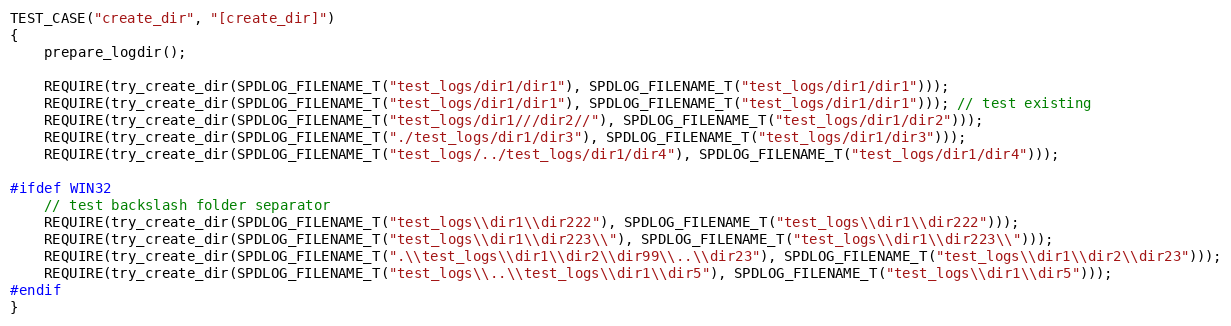
Language: C++
TEST_CASE("create_dir", "[create_dir]")
{
    prepare_logdir();

    REQUIRE(try_create_dir(SPDLOG_FILENAME_T("test_logs/dir1/dir1"), SPDLOG_FILENAME_T("test_logs/dir1/dir1")));
    REQUIRE(try_create_dir(SPDLOG_FILENAME_T("test_logs/dir1/dir1"), SPDLOG_FILENAME_T("test_logs/dir1/dir1"))); // test existing
    REQUIRE(try_create_dir(SPDLOG_FILENAME_T("test_logs/dir1///dir2//"), SPDLOG_FILENAME_T("test_logs/dir1/dir2")));
    REQUIRE(try_create_dir(SPDLOG_FILENAME_T("./test_logs/dir1/dir3"), SPDLOG_FILENAME_T("test_logs/dir1/dir3")));
    REQUIRE(try_create_dir(SPDLOG_FILENAME_T("test_logs/../test_logs/dir1/dir4"), SPDLOG_FILENAME_T("test_logs/dir1/dir4")));

#ifdef WIN32
    // test backslash folder separator
    REQUIRE(try_create_dir(SPDLOG_FILENAME_T("test_logs\\dir1\\dir222"), SPDLOG_FILENAME_T("test_logs\\dir1\\dir222")));
    REQUIRE(try_create_dir(SPDLOG_FILENAME_T("test_logs\\dir1\\dir223\\"), SPDLOG_FILENAME_T("test_logs\\dir1\\dir223\\")));
    REQUIRE(try_create_dir(SPDLOG_FILENAME_T(".\\test_logs\\dir1\\dir2\\dir99\\..\\dir23"), SPDLOG_FILENAME_T("test_logs\\dir1\\dir2\\dir23")));
    REQUIRE(try_create_dir(SPDLOG_FILENAME_T("test_logs\\..\\test_logs\\dir1\\dir5"), SPDLOG_FILENAME_T("test_logs\\dir1\\dir5")));
#endif
}